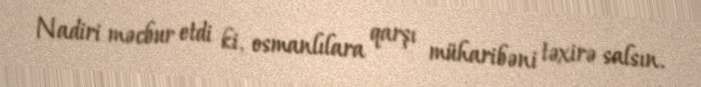
Nadiri məcbur etdi ki, osmanlılara qarşı müharibəni təxirə salsın.